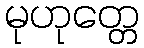
မုဟုတ္တေ